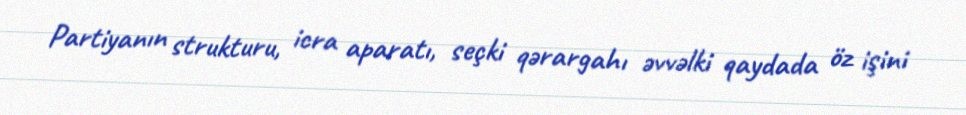
Partiyanın strukturu, icra aparatı, seçki qərargahı əvvəlki qaydada öz işini